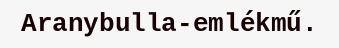
Aranybulla-emlékmű.